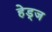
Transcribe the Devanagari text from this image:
हेड्ज